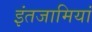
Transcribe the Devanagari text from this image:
इंतजामियां